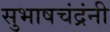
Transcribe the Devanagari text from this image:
सुभाषचंद्रंनी